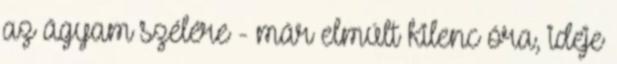
az ágyam szélére - már elmúlt kilenc óra, ideje